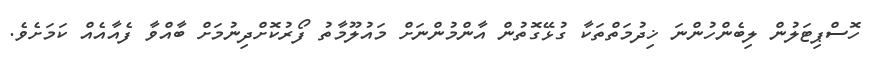
ހޮސްޕިޓަލުން ލިބެންހުންނަ ޚިދުމަތްތަކާ ގުޅޭގޮތުން އާންމުންނަށް މައުލޫމާތު ފޯރުކޮށްދިނުމަށް ބާއްވާ ފެއާއެއް ކަމަށެވެ.